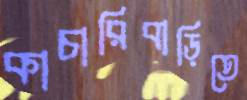
কাচারিবাড়িতে